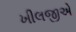
ખીલજીએ